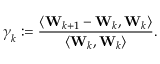
\boldsymbol { \gamma } _ { k } : = \frac { \left\langle \mathbf { W } _ { k + 1 } - \mathbf { W } _ { k } , \mathbf { W } _ { k } \right\rangle } { \left\langle \mathbf { W } _ { k } , \mathbf { W } _ { k } \right\rangle } .